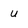
Character: u